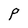
Character: P